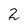
Character: 2